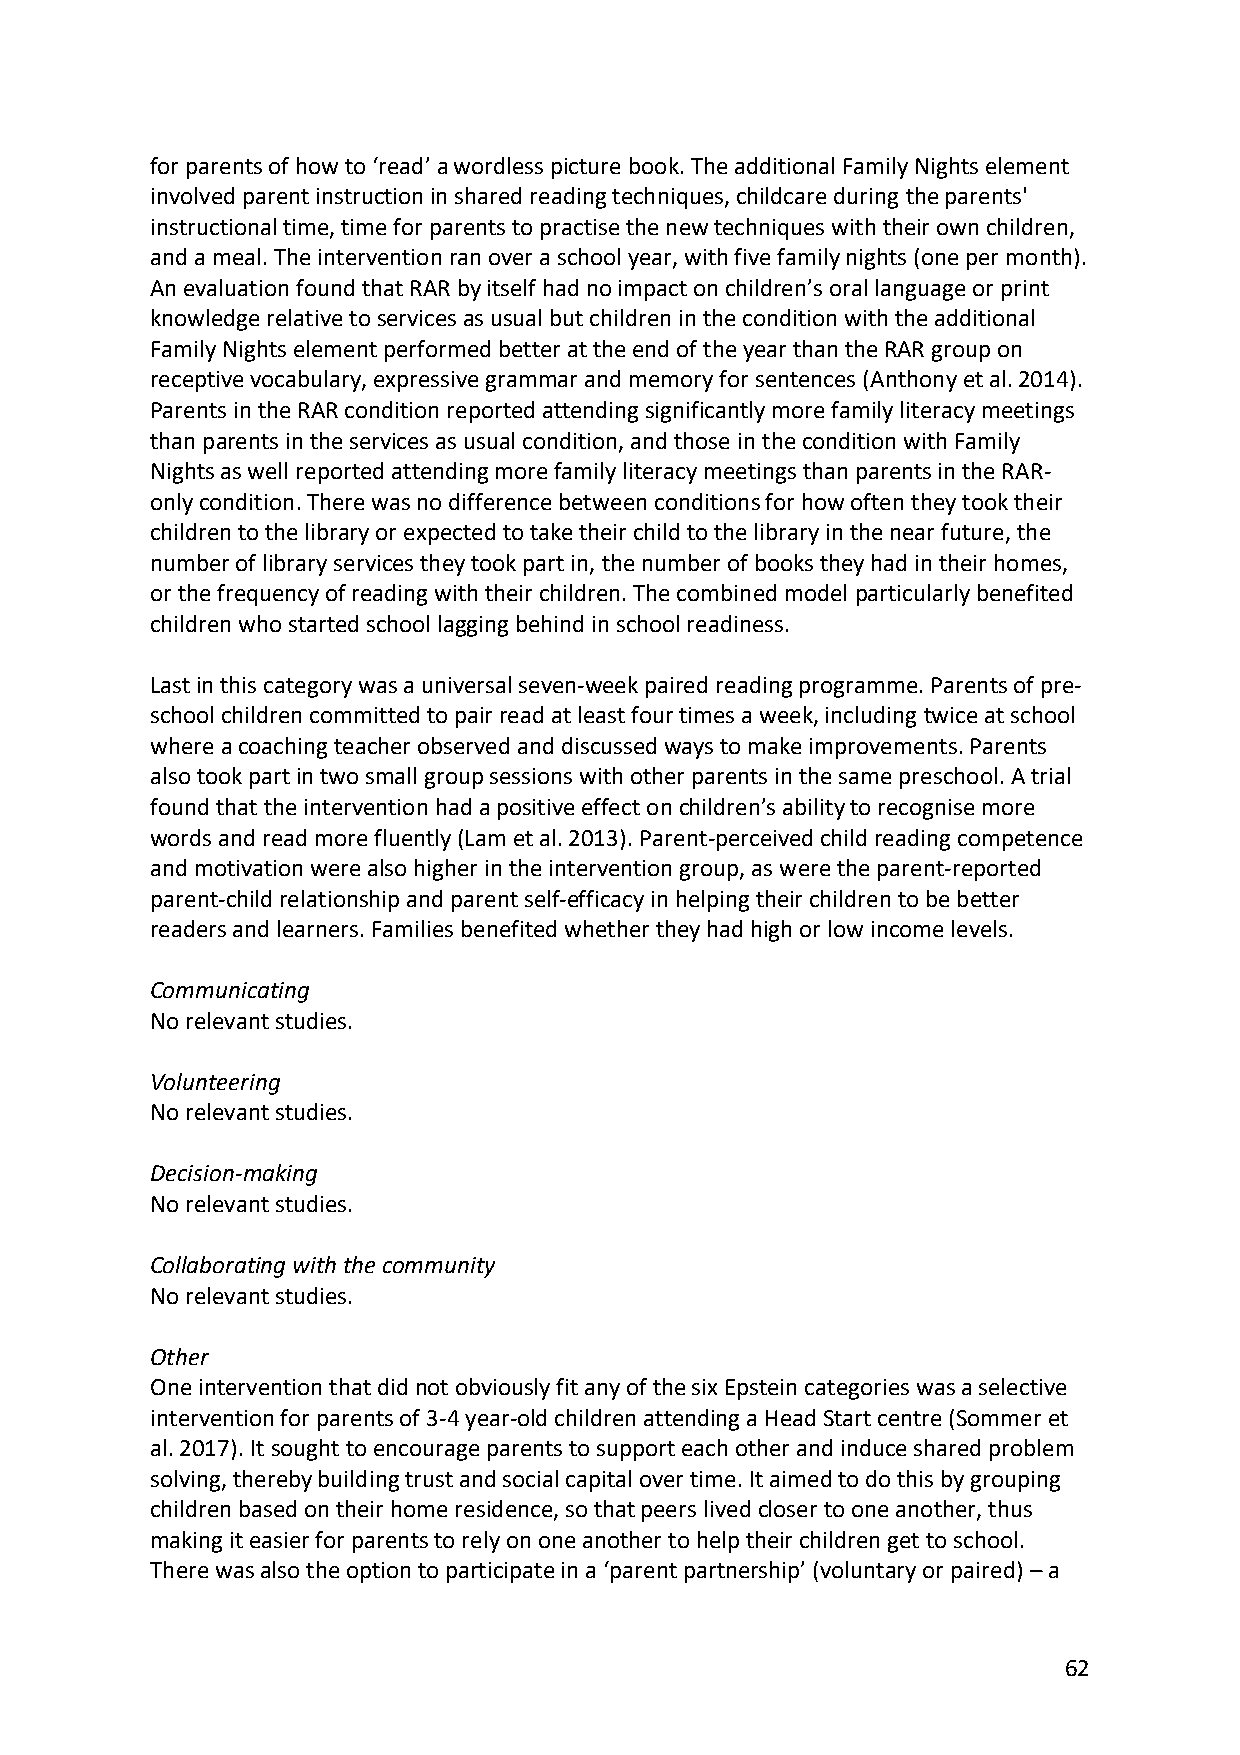
for parents of how to ‘read’ a wordless picture book. The additional Family Nights element
 involved parent instruction in shared reading techniques, childcare during the parents'
 instructional time, time for parents to practise the new techniques with their own children,
 and a meal. The intervention ran over a school year, with five family nights (one per month).
 An evaluation found that RAR by itself had no impact on children’s oral language or print
 knowledge relative to services as usual but children in the condition with the additional
 Family Nights element performed better at the end of the year than the RAR group on
 receptive vocabulary, expressive grammar and memory for sentences (Anthony et al. 2014).
 Parents in the RAR condition reported attending significantly more family literacy meetings
 than parents in the services as usual condition, and those in the condition with Family
 Nights as well reported attending more family literacy meetings than parents in the RAR-
 only condition. There was no difference between conditions for how often they took their
 children to the library or expected to take their child to the library in the near future, the
 number of library services they took part in, the number of books they had in their homes,
 or the frequency of reading with their children. The combined model particularly benefited
 children who started school lagging behind in school readiness.
 Last in this category was a universal seven-week paired reading programme. Parents of pre-
 school children committed to pair read at least four times a week, including twice at school
 where a coaching teacher observed and discussed ways to make improvements. Parents
 also took part in two small group sessions with other parents in the same preschool. A trial
 found that the intervention had a positive effect on children’s ability to recognise more
 words and read more fluently (Lam et al. 2013). Parent-perceived child reading competence
 and motivation were also higher in the intervention group, as were the parent-reported
 parent-child relationship and parent self-efficacy in helping their children to be better
 readers and learners. Families benefited whether they had high or low income levels.
 Communicating
 No relevant studies.
 Volunteering
 No relevant studies.
 Decision-making
 No relevant studies.
 Collaborating with the community
 No relevant studies.
 Other
 One intervention that did not obviously fit any of the six Epstein categories was a selective
 intervention for parents of 3-4 year-old children attending a Head Start centre (Sommer et
 al. 2017). It sought to encourage parents to support each other and induce shared problem
 solving, thereby building trust and social capital over time. It aimed to do this by grouping
 children based on their home residence, so that peers lived closer to one another, thus
 making it easier for parents to rely on one another to help their children get to school.
 There was also the option to participate in a ‘parent partnership’ (voluntary or paired) – a
 62